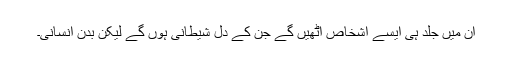
ان میں جلد ہی ایسے اشخاص اٹھیں گے جن کے دل شیطانی ہوں گے لیکن بدن انسانی۔